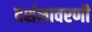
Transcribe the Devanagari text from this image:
दर्शनावरणी